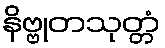
နိဗ္ဗုတသုတ္တံ